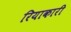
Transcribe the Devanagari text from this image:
रियाकारी